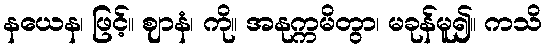
နယေန၊ ဖြင့်။ ဈာနံ၊ ကို။ အနုက္ကမိတွာ၊ မခုန်မူ၍။ ကသိ